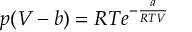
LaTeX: p ( V - b ) = R T e ^ { - { \frac { a } { R T V } } }